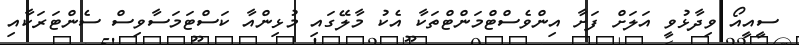
ސީއީއޯ ވިދާޅުވީ އަލަށް ފަށާ އިންވެސްޓްމަންޓްތަކާ އެކު މާލޭގައި މުޅިންއާ ކަސްޓަމަސާވިސް ސެންޓަރަކާއި